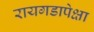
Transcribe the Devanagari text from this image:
रायगडापेक्षा